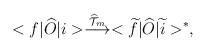
LaTeX: \begin{align*}<f|\widehat O |i> \stackrel{\widehat{\cal T}_{m}}\longrightarrow <\widetilde f|\widehat O |\widetilde i>^*,\end{align*}